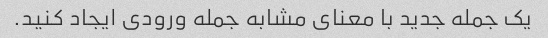
یک جمله جدید با معنای مشابه جمله ورودی ایجاد کنید.